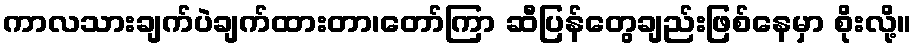
ကာလသားချက်ပဲချက်ထားတာ၊တော်ကြာ ဆီပြန်တွေချည်းဖြစ်နေမှာ စိုးလို့။